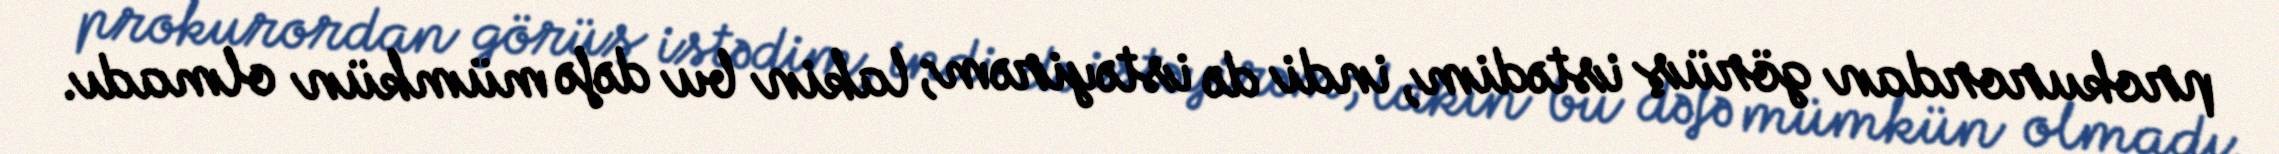
prokurordan görüş istədim, indi də istəyirəm; lakin bu dəfə mümkün olmadı.